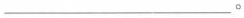
___。